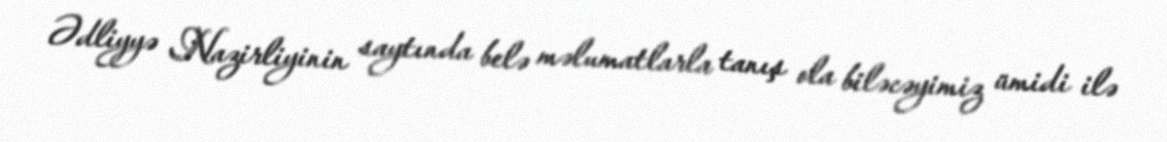
Ədliyyə Nazirliyinin saytında belə məlumatlarla tanış ola biləcəyimiz ümidi ilə